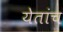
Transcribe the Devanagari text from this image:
येतांच